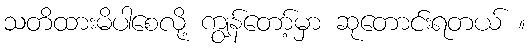
သတိထားမိပါစေလို့ ကျွန်တော့်မှာ ဆုတောင်းရတယ် ။